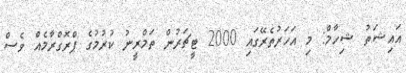
އައިޝަތު ޝިހާމް: މި އަހަރުތެރޭގައި 2000 ޓީޗަރުން ތަމްރީނު ކުރުމުގެ ޕްރޮގްރާމެއް ވެސް